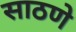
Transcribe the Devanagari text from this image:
साठणे